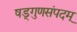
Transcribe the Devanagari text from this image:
षड्गुणसंपदम्‌